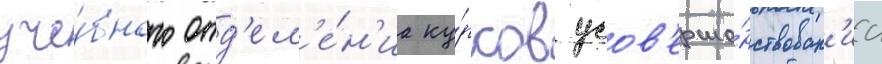
уче́бного отд'ел'е́н'иа ку́рсов усов'ерше́нствован'иа